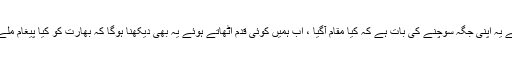
ویسے یہ اپنی جگہ سوچنے کی بات ہے کہ کیا مقام آگیا ، اب ہمیں کوئی قدم اٹھاتے ہوئے یہ بھی دیکھنا ہوگا کہ بھارت کو کیا پیغام ملے گا؟